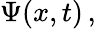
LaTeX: \Psi(x,t)\, ,